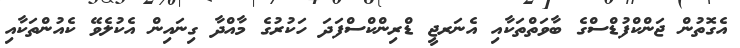
އެގޮތުން ޖަންކްފުޑްސްގެ ބާވަތްތަކާއި އެނަރޖީ ޑްރިންކްސްފަދަ ހަކުރުގެ މާއްދާ ގިނައިން އެކުލެވޭ ކެއުންތަކާއި